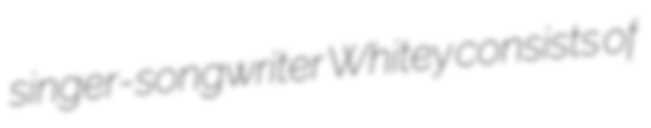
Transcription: singer-songwriter Whitey consists of